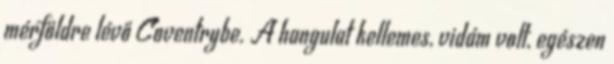
mérföldre lévő Coventrybe. A hangulat kellemes, vidám volt, egészen